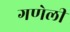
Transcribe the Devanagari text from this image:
गणेली